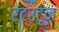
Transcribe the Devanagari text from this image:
रटरटून